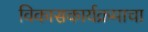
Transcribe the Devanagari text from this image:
विकासकार्यक्रमाचा